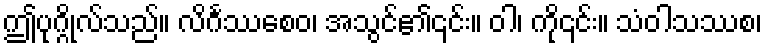
ဤပုဂ္ဂိုလ်သည်။ လိင်္ဂဿစေဝ၊ အသွင်၏၎င်း။ ဝါ၊ ကို၎င်း။ သံဝါသဿစ၊